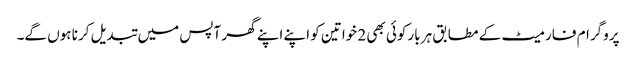
پروگرام فارمیٹ کے مطابق ہر بارکوئی بھی 2 خواتین کو اپنے اپنے گھر آپس میں تبدیل کرنا ہوں گے۔